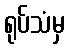
ရုပ်သံမှ